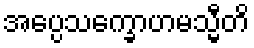
အပ္ပေသက္ခောဟမသ္မီတိ